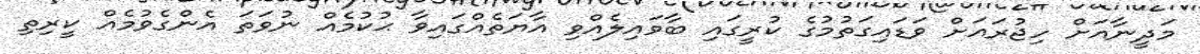
މަދީނާއަށް ހިޖުރައަށް ވަޑައިގަތުމުގެ ކުރީގައި ބާވައިލެއްވި އާޔަތެއްގައިވާ ޙުކުމެއް ނުވަތަ އެންގެވުމެއް ކީރިތި